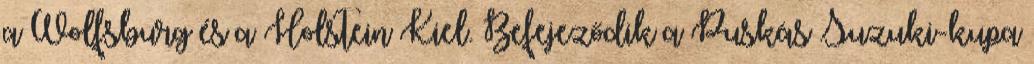
a Wolfsburg és a Holstein Kiel. Befejeződik a Puskás–Suzuki-kupa